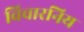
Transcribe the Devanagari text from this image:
विचारनिय